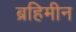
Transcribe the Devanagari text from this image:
ब्रहिमीन